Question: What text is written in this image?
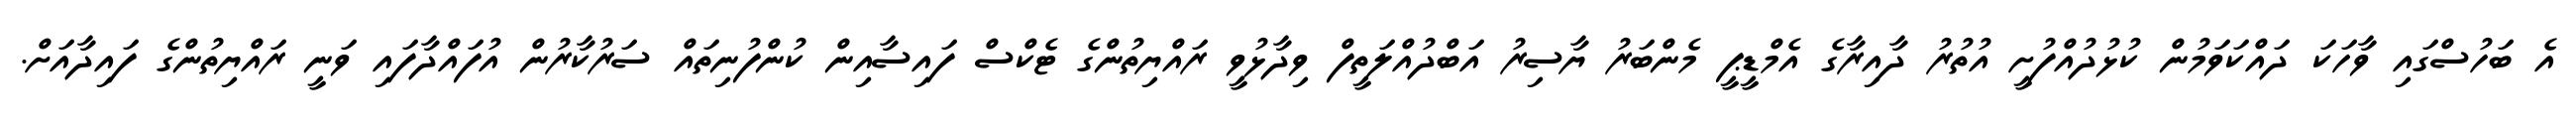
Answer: އެ ބަހުސްގައި ވާހަކަ ދައްކަވަމުން ކުޅުދުއްފުށީ އުތުރު ދާއިރާގެ އެމްޑީޕީ މެންބަރު ޔާސިރު އަބްދުއްލަތީފް ވިދާޅުވީ ރައްޔިތުންގެ ޓެކްސް ފައިސާއިން ކުންފުނިތައް ސަރުކާރުން އުފައްދާފައި ވަނީ ރައްޔިތުންގެ ފައިދާއަށް.